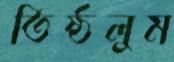
তিষ্ঠলুম